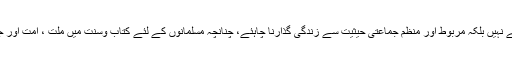
ڈاکٹر محسن عثمانی ندوی لکھتے ہیں کہ ’’شریعت کی روشنی میں مسلمانوں کو منتشر گروہ کی حیثیت سے نہیں بلکہ مربوط اور منظم جماعتی حیثیت سے زندگی گذارنا چاہئے، چنانچہ مسلمانوں کے لئے کتاب وسنت میں ملت ، امت اور جماعت وغیرہ کے الفاظ استعمال کئے گئے ہیں اور یہ تمام الفاظ منظم جماعتی زندگی پر دلالت کرتے ہیں ۔